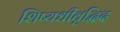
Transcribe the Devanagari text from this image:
शिष्यधीवृद्धिद